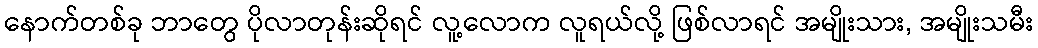
နောက်တစ်ခု ဘာတွေ ပိုလာတုန်းဆိုရင် လူ့လောက လူရယ်လို့ ဖြစ်လာရင် အမျိုးသား, အမျိုးသမီး